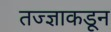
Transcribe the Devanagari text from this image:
तज्‍ज्ञाकडून